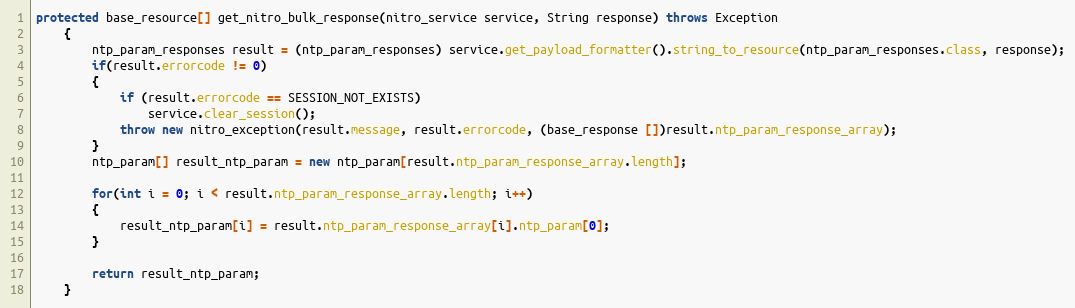
Language: Java
protected base_resource[] get_nitro_bulk_response(nitro_service service, String response) throws Exception
	{
		ntp_param_responses result = (ntp_param_responses) service.get_payload_formatter().string_to_resource(ntp_param_responses.class, response);
		if(result.errorcode != 0)
		{
			if (result.errorcode == SESSION_NOT_EXISTS)
				service.clear_session();
			throw new nitro_exception(result.message, result.errorcode, (base_response [])result.ntp_param_response_array);
		}
		ntp_param[] result_ntp_param = new ntp_param[result.ntp_param_response_array.length];

		for(int i = 0; i < result.ntp_param_response_array.length; i++)
		{
			result_ntp_param[i] = result.ntp_param_response_array[i].ntp_param[0];
		}

		return result_ntp_param;
	}